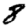
Digit: 8